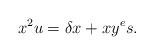
LaTeX: \begin{align*} x^2u=\delta x + xy^es.\end{align*}